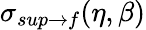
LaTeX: \sigma_{sup\rightarrow f}(\eta,\beta)